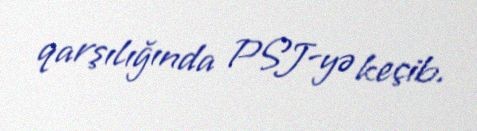
qarşılığında PSJ-yə keçib.